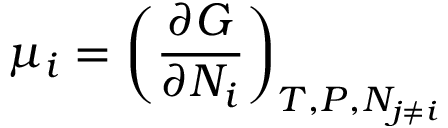
\mu _ { i } = \left( { \frac { \partial G } { \partial N _ { i } } } \right) _ { T , P , N _ { j \neq i } }